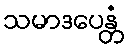
သမာဒပေန္တံ